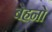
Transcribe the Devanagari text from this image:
बेहनो